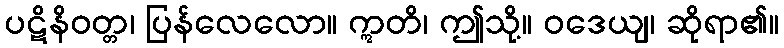
ပဋိနိဝတ္တ၊ ပြန်လေလော။ ဣတိ၊ ဤသို့။ ဝဒေယျ၊ ဆိုရာ၏။